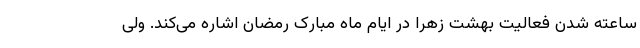
ساعته شدن فعالیت بهشت زهرا در ایام ماه مبارک رمضان اشاره می‌کند. ولی